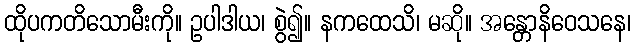
ထိုပကတိသောမီးကို။ ဥပါဒါယ၊ စွဲ၍။ နကထေသိ၊ မဆို။ အန္တောနိဝေသနေ၊